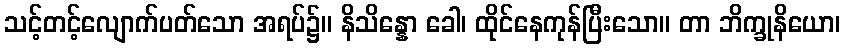
သင့်တင့်လျောက်ပတ်သော အရပ်၌။ နိသိန္နော ခေါ၊ ထိုင်နေကုန်ပြီးသော။ တာ ဘိက္ခုနိယော၊